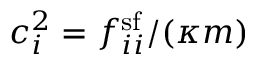
c _ { i } ^ { 2 } = f _ { i i } ^ { \mathrm { s f } } / ( \kappa m )